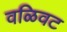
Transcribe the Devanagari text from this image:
वळिवट